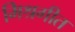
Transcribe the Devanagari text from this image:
मिश्रगीत